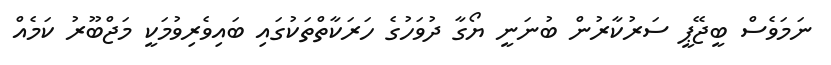
ނަމަވެސް ބީޖޭޕީ ސަރުކާރުން ބުނަނީ ޔޯގާ ދުވަހުގެ ހަރަކާތްތަކުގައި ބައިވެރިވުމަކީ މަޖްބޫރު ކަމެއް